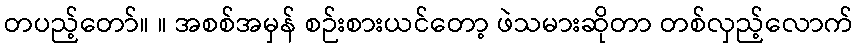
တပည့်တော်။ ။ အစစ်အမှန် စဉ်းစားယင်တော့ ဖဲသမားဆိုတာ တစ်လှည့်လောက်